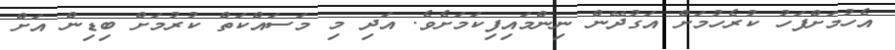
އެހުމަށްފަހު ކުރެހުމަށް އަގުދޭން ނިންމައިފިކަމަށެވެ. އަދި މި މަސައްކަތް ކުރުމަށް ބިޑިން އަށް